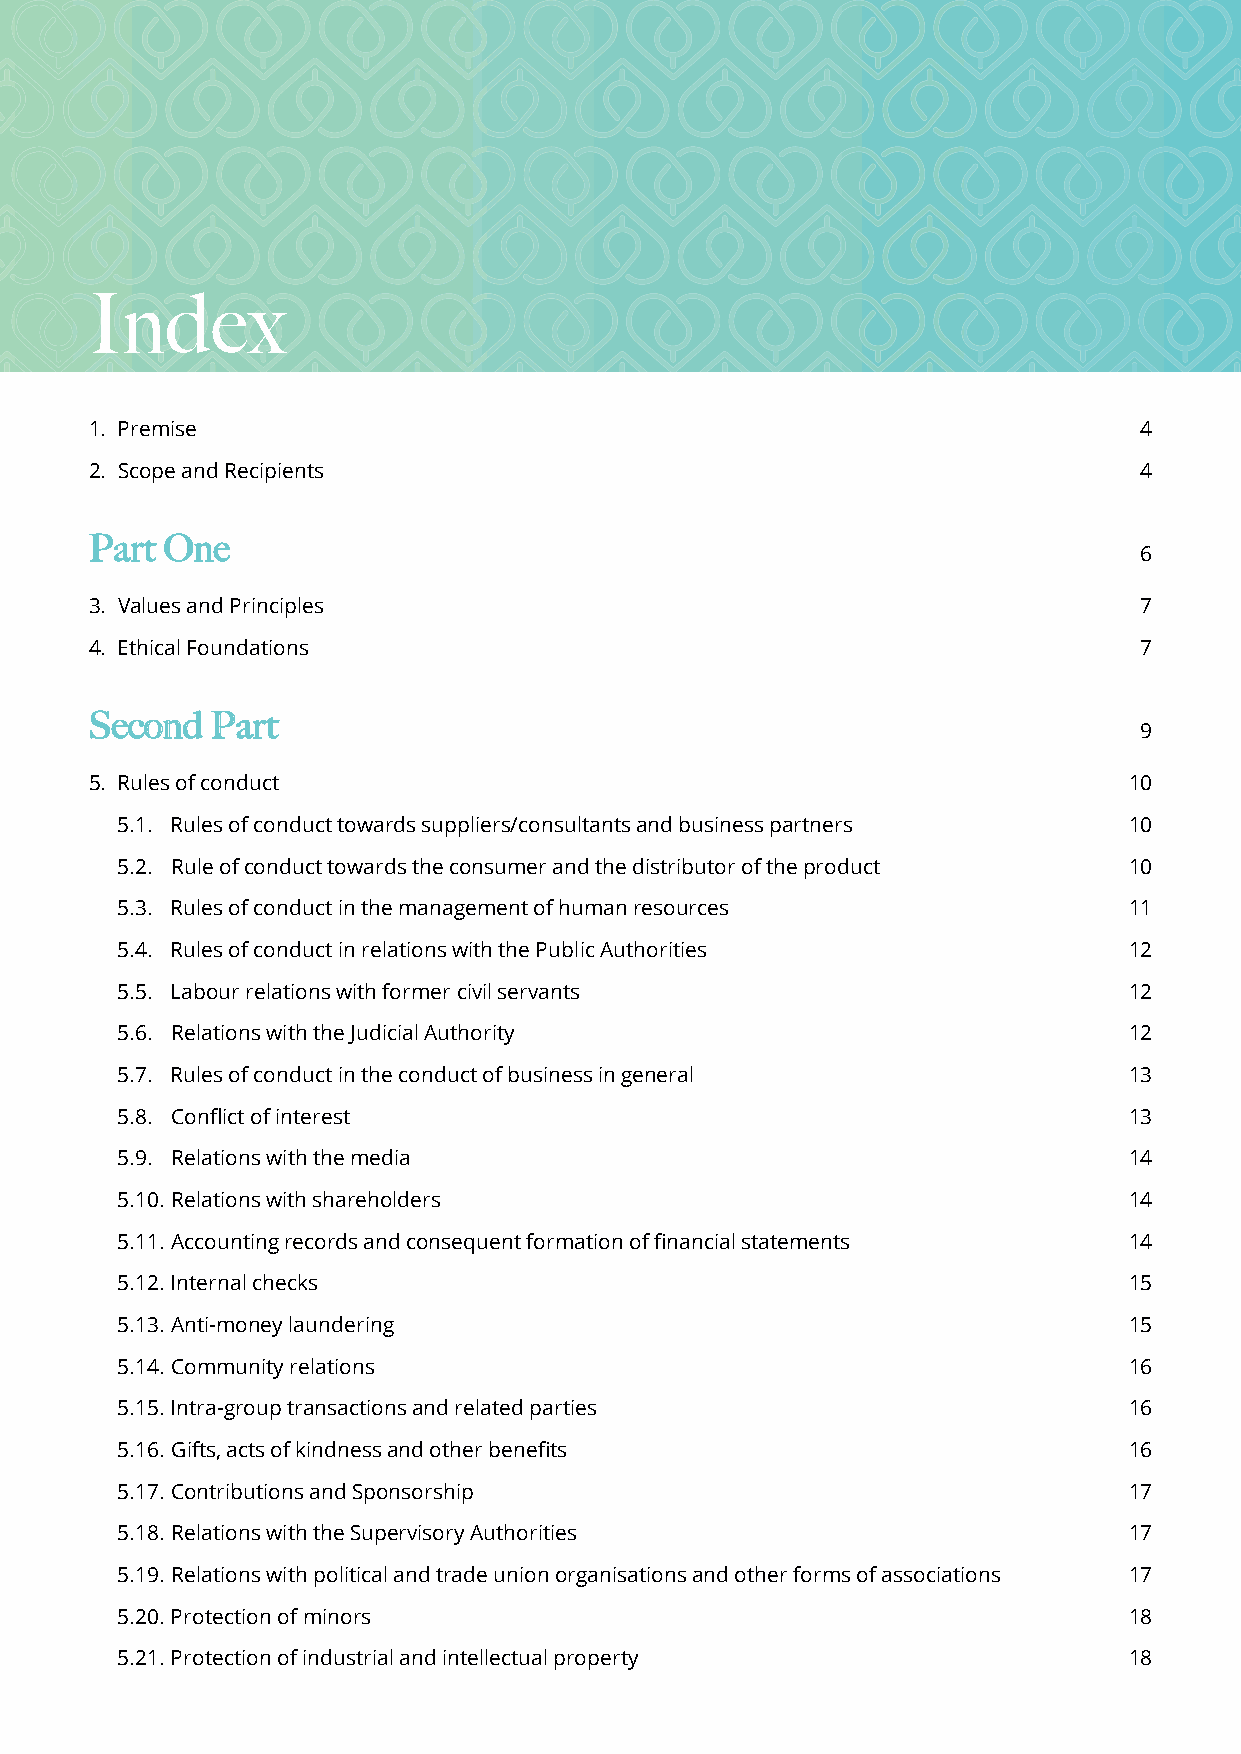
Index
 1. Premise                                                           4
 2. Scope and Recipients                                              4
 PPaarrtt OOnnee
 6
 3. Values and Principles                                             7
 4. Ethical Foundations                                               7
 SSeeccoonndd PPaarrtt
 9
 5. Rules of conduct                                                  10
 5.1. Rules of conduct towards suppliers/consultants and business partners 10
 5.2. Rule of conduct towards the consumer and the distributor of the product 10
 5.3. Rules of conduct in the management of human resources         11
 5.4. Rules of conduct in relations with the Public Authorities     12
 5.5. Labour relations with former civil servants                   12
 5.6. Relations with the Judicial Authority                         12
 5.7. Rules of conduct in the conduct of business in general        13
 5.8. Confl ict of interest                                         13
 5.9. Relations with the media                                      14
 5.10. Relations with shareholders                                  14
 5.11. Accounting records and consequent formation of fi nancial statements 14
 5.12. Internal checks                                              15
 5.13. Anti-money laundering                                        15
 5.14. Community relations                                          16
 5.15. Intra-group transactions and related parties                 16
 5.16. Gifts, acts of kindness and other benefi ts                  16
 5.17. Contributions and Sponsorship                                17
 5.18. Relations with the Supervisory Authorities                   17
 5.19. Relations with political and trade union organisations and other forms of associations 17
 5.20. Protection of minors                                         18
 5.21. Protection of industrial and intellectual property           18